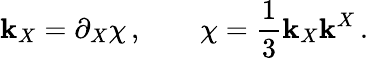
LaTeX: \mathbf{k}_{X}=\partial_{X}\chi\, ,\qquad\chi=\frac{1}{3}\mathbf{k}_{X}\mathbf{k}^{X}\, .